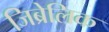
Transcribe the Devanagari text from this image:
जिब्रेलिक